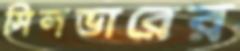
সিলভারের